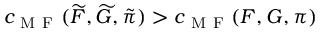
c _ { \mathrm { ~ M ~ F ~ } } ( \widetilde { F } , \widetilde { G } , \tilde { \pi } ) > c _ { \mathrm { ~ M ~ F ~ } } ( F , G , \pi )